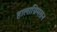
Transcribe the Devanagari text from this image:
हालाग्रिमसन